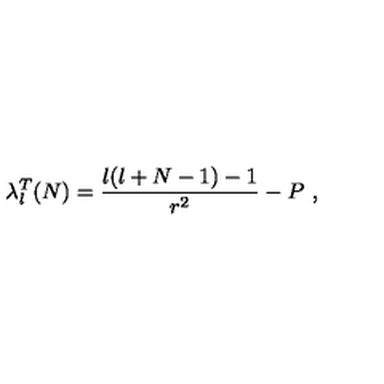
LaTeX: \lambda _ { l } ^ { T } ( N ) = \frac { l ( l + N - 1 ) - 1 } { r ^ { 2 } } - P \ ,